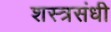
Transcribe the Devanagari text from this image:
शस्त्रसंधी